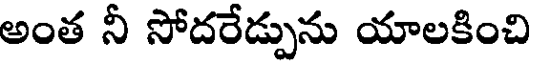
అంత నీ సోదరేడ్పును యాలకించి